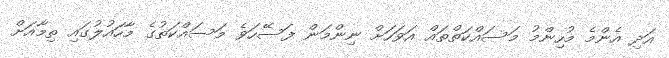
އަދި އެންމެ މުހިންމު މަސައްކަތްތައް އަވަހަށް ނިންމަން ފަސޭހަވެ މަސައްކަތުގެ މާހައުލުގައި ތިމާއަށް